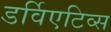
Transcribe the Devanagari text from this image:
डर्विएटिव्स